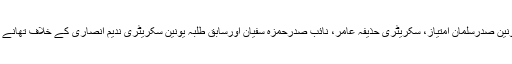
دوسرا علی گڑھ طلبہ یونین صدرسلمان امتیاز، سکریٹری حذیفہ عامر، نائب صدرحمزہ سفیان اورسابق طلبہ یونین سکریٹری ندیم انصاری کے خلاف تھانے میں تحریردی گئی ہے۔